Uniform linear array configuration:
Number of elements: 12
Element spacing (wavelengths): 1
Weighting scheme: exponential
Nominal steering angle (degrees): -60
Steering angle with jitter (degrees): -61.05
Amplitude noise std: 0.05
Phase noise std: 0.05

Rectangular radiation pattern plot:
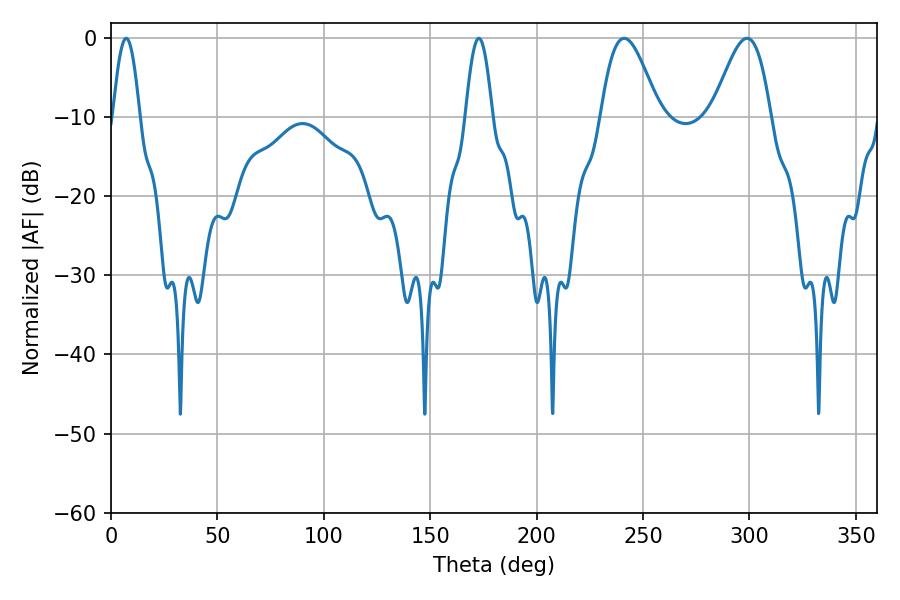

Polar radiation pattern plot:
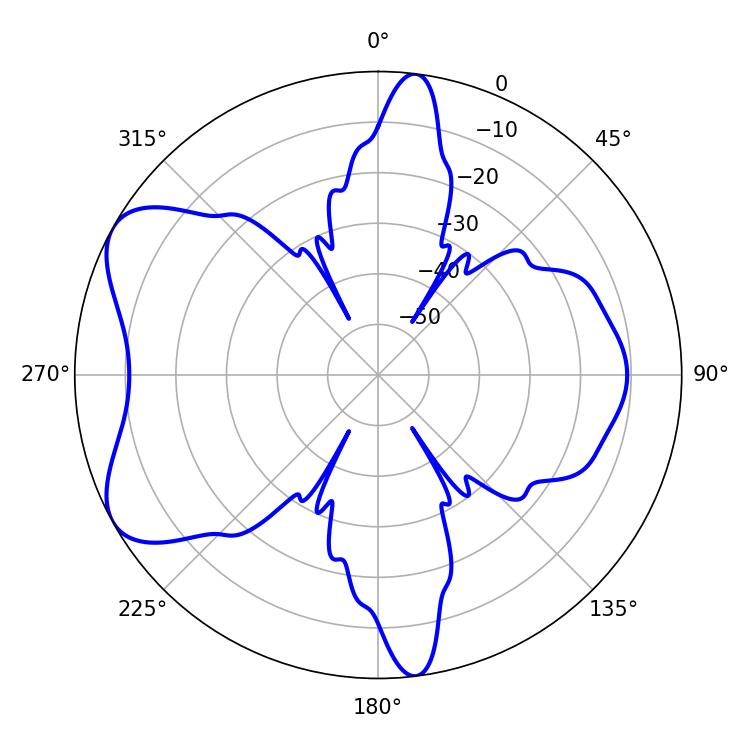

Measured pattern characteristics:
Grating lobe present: TRUE
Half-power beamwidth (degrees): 14.58
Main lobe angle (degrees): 241.2